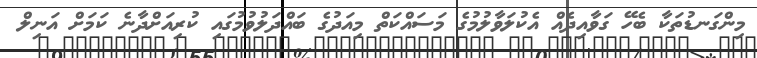
މިންގަނޑުތަކާ ބެހޭ ގަވާއިދެއް އެކުލަވާލުމުގެ މަސައްކަތް މިއަދުގެ ބައްދަލުވުމުގައި ކުރިއަށްދާނެ ކަމަށް އަނިލް